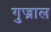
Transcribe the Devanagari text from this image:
गुज्राल